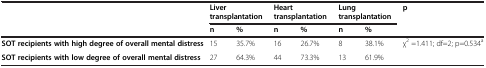
|  | <COLSPAN=2> Liver transplantation | <COLSPAN=2> Heart transplantation | <COLSPAN=2> Lung transplantation | p |
 |  | n | % | n | % | n | % |  |
 | --- | --- | --- | --- | --- | --- | --- | --- |
 | SOT recipients with high degree of overall mental distress | 15 | 35.7% | 16 | 26.7% | 8 | 38.1% | χ2 =1.411; df=2; p=0.534a |
 | SOT recipients with low degree of overall mental distress | 27 | 64.3% | 44 | 73.3% | 13 | 61.9% |  |